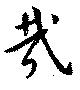
哉